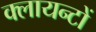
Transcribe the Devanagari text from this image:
क्लायन्टों